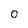
Character: O